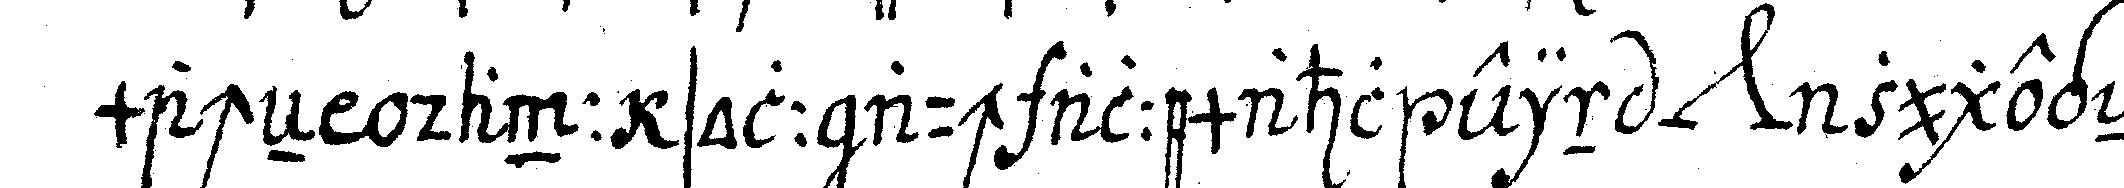
macheN dann soll auch allemahl ein *nee* zugegeN